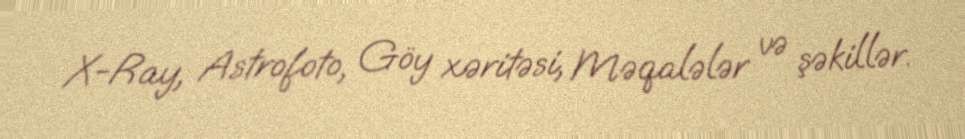
X-Ray, Astrofoto, Göy xəritəsi, Məqalələr və şəkillər.